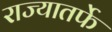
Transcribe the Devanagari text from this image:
राज्यातर्फे